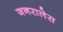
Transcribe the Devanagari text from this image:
जनरालेस